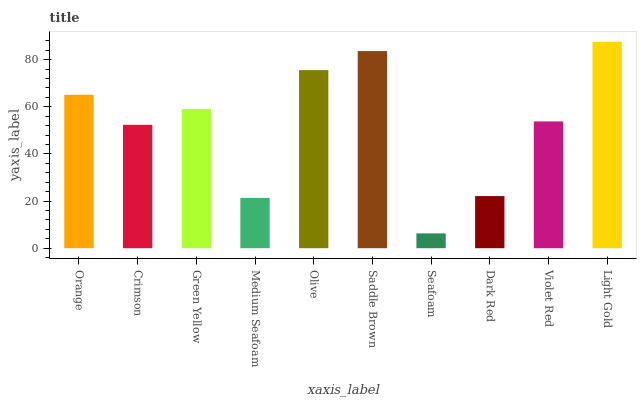
| xaxis_label | bars |
 | --- | --- |
 | Orange | 65.1 |
 | Crimson | 52.4 |
 | Green Yellow | 59 |
 | Medium Seafoam | 21.3 |
 | Olive | 75.6 |
 | Saddle Brown | 83.6 |
 | Seafoam | 6.29 |
 | Dark Red | 22.1 |
 | Violet Red | 53.8 |
 | Light Gold | 87.6 |